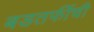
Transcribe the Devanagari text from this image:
बडतर्फीची